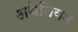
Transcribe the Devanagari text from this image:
अथेनियम